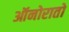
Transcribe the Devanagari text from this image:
ऑनोरातो